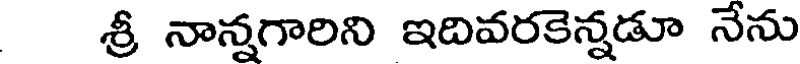
శ్రీ నాన్నగారిని ఇదివరకెన్నడూ నేను